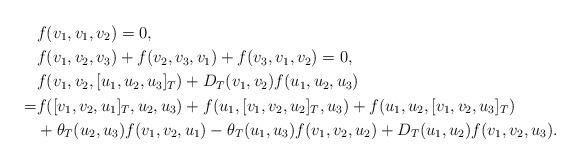
LaTeX: \begin{align*} &f(v_1,v_1,v_2)=0,\\ &f(v_1,v_2,v_3)+f(v_2,v_3,v_1)+f(v_3,v_1,v_2)=0,\\ &f(v_1,v_2,[u_1,u_2,u_3]_T)+D_T(v_1,v_2)f(u_1,u_2,u_3)\\ =&f([v_1,v_2,u_1]_T,u_2,u_3)+f(u_1,[v_1,v_2,u_2]_T,u_3)+f(u_1,u_2,[v_1,v_2,u_3]_T)\\ &+\theta_T(u_2,u_3)f(v_1,v_2,u_1)-\theta_T(u_1,u_3)f(v_1,v_2,u_2)+D_T(u_1,u_2)f(v_1,v_2,u_3).\end{align*}